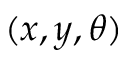
( x , y , \theta )